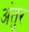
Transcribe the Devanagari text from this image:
अंतुर